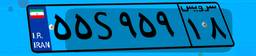
۶۵S۲۶۲۰۹